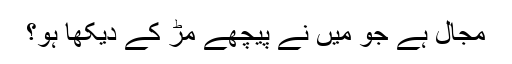
مجال ہے جو میں نے پیچھے مڑ کے دیکھا ہو؟